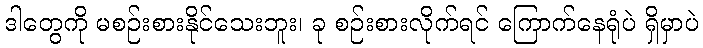
ဒါတွေကို မစဉ်းစားနိုင်သေးဘူး၊ ခု စဉ်းစားလိုက်ရင် ကြောက်နေရုံပဲ ရှိမှာပဲ